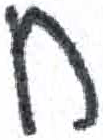
אות: ח